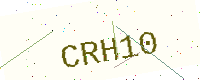
Text: CRH10